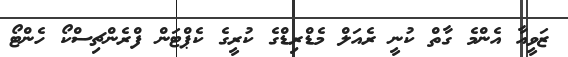
ޒަވީއާ އެންމެ ގާތް ކުނީ ރެއަލް މެޑްރިޑްގެ ކުރީގެ ކެޕްޓަން ފްރެންޗިސްކޯ ހެންޓޯ